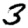
Digit: 3